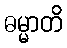
ဓမ္မာတိ